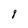
Character: 8